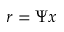
r = \Psi x